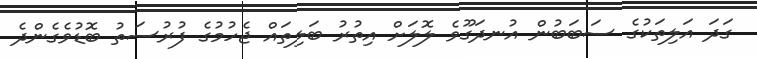
ގަދަ އަލިތަކުގެ ސަބަބުން އުނދަގޫވެ ލޮލަށް އިތުރު ބަލިތައް ޖެހުމުގެ ފުރުސަތު ބޮޑުވެގެންދެ